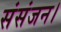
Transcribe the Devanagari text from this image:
संसंजन।